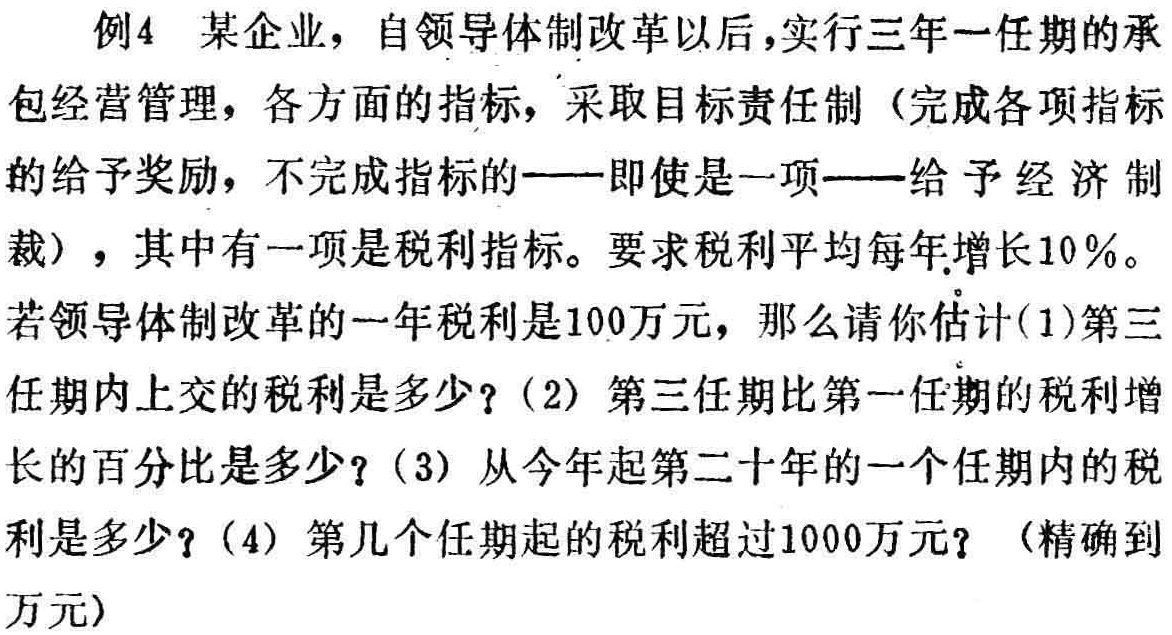
例4 某企业，自领导体制改革以后，实行三年一任期的承包经营管理，各方面的指标，采取目标责任制（完成各项指标的给予奖励，不完成指标的——即使是一项——给予经济制裁），其中有一项是税利指标。要求税利平均每年增长10%。
若领导体制改革的一年税利是100万元，那么请你估计(1)第三任期内上交的税利是多少？(2) 第三任期比第一任期的税利增长的百分比是多少？(3) 从今年起第二十年的一个任期内的税利是多少？(4) 第几个任期起的税利超过1000万元？（精确到万元）